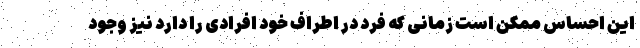
این احساس ممکن است زمانی که فرد در اطراف خود افرادی را دارد نیز وجود